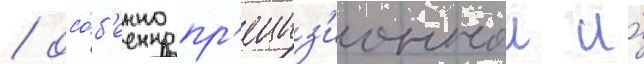
/ осо́б'енно пр'ециз'ионнои и́